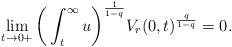
LaTeX: \begin{align*} \lim_{t\rightarrow 0+} \bigg(\int_t^{\infty} u\bigg)^{\frac{1}{1-q}} V_r(0,t)^{\frac{q}{1-q}} = 0.\end{align*}